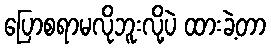
ပြောစရာမလိုဘူးလို့ပဲ ထားခဲ့တာ